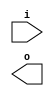
(* blackbox *)
module test7_sub(input i, output o);
specify
    (i => o) = 1;
endspecify
assign o = ~i;
endmodule

module test7(input i, output o);
    wire w;
    test7_sub unused(i, w);
    test7_sub used(i, o);
endmodule